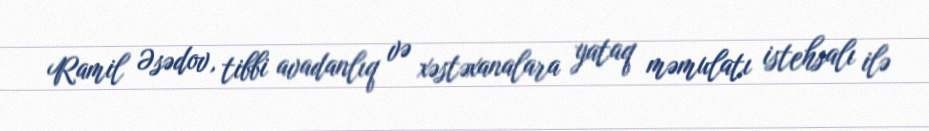
Ramil Əsədov, tibbi avadanlıq və xəstəxanalara yataq məmulatı istehsalı ilə